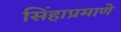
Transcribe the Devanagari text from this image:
सिंहाप्रमाणे